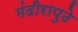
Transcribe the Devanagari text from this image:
मंदीरापुढे